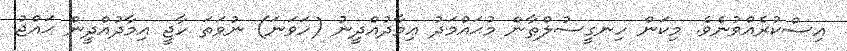
އިސްކުރެއްވުނެވެ. މިކަން ހިނގީސުލްޠާން މުޙައްމަދު ޢިމާދުއްދީނު (ހަވަނަ) ނުވަތަ ހާޖީ އިމާދުއްދީން ޙައްޖު